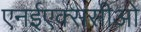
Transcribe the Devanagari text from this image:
एनईएक्ससीओ